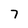
Character: 7